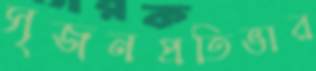
সৃজনপ্রতিভার